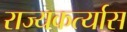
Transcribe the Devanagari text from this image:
राज्यकर्त्यास